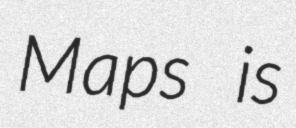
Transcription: Maps is